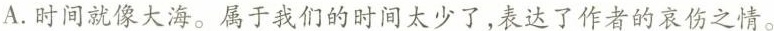
A.时间就像大海。属于我们的时间太少了，表达了作者的哀伤之情。